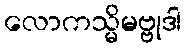
လောကသ္မိမဗ္ဗုဒါ